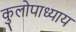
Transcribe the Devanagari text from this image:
कुलोपाध्याय